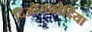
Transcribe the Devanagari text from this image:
दिओसकोर्दिया